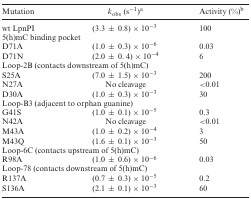
| Mutation | kobs (s−1)a | Activity (%)b |
 | --- | --- | --- |
 | wt LpnPI | (3.3 ± 0.8) × 10−3 | 100 |
 | <COLSPAN=3> 5(h)mC binding pocket |
 | D71A | (1.0 ± 0.3) × 10−6 | 0.03 |
 | D71N | (2.0 ± 0. 4) × 10−4 | 6 |
 | <COLSPAN=3> Loop-2B (contacts downstream of 5(h)mC) |
 | S25A | (7.0 ± 1.5) × 10−3 | 200 |
 | N27A | No cleavage | <0.01 |
 | D30A | (1.0 ± 0.3) × 10−3 | 30 |
 | <COLSPAN=3> Loop-B3 (adjacent to orphan guanine) |
 | G41S | (1.0 ± 0.1) × 10−5 | 0.3 |
 | N42A | No cleavage | <0.01 |
 | M43A | (1.0 ± 0.2) × 10−4 | 3 |
 | M43Q | (1.6 ± 0.1) × 10−3 | 50 |
 | <COLSPAN=3> Loop-6C (contacts upstream of 5(h)mC) |
 | R98A | (1.0 ± 0.6) × 10−6 | 0.03 |
 | <COLSPAN=3> Loop-78 (contacts downstream of 5(h)mC) |
 | R137A | (0.7 ± 0.3) × 10−5 | 0.2 |
 | S136A | (2.1 ± 0.1) × 10−3 | 60 |